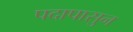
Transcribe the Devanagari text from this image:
पदापासुन